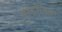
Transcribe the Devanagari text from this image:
गॉडज़िला